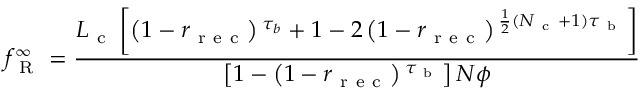
f _ { \mathrm { ~ R ~ } } ^ { \infty } = \frac { L _ { \mathrm { ~ c ~ } } \left[ \left( 1 - r _ { \mathrm { ~ r ~ e ~ c ~ } } \right) { } ^ { \tau _ { b } } + 1 - 2 \left( 1 - r _ { \mathrm { ~ r ~ e ~ c ~ } } \right) { } ^ { \frac { 1 } { 2 } ( N _ { \mathrm { ~ c ~ } } + 1 ) \tau _ { \mathrm { ~ b ~ } } } \right] } { \left[ 1 - \left( 1 - r _ { \mathrm { ~ r ~ e ~ c ~ } } \right) { } ^ { \tau _ { \mathrm { ~ b ~ } } } \right] N \phi }